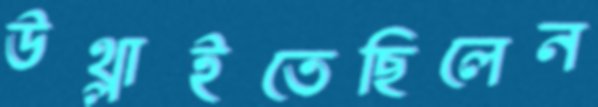
উথ্‌লাইতেছিলেন